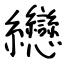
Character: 纞